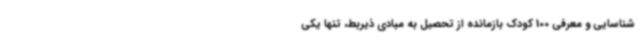
شناسایی و معرفی 100 کودک بازمانده از تحصیل به مبادی ذیربط، تنها یکی